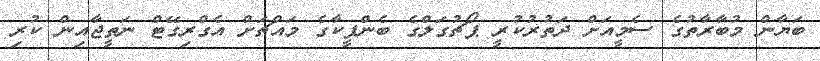
ބަޔާން މުބާރާތުގެ ސެމީއަށް ދަތުރުކުރީ ޕޯޗުގަލްގެ ބެންފީކާގެ މައްޗަށް އެގްރިގޭޓް ނަތީޖާއިން ކުރި